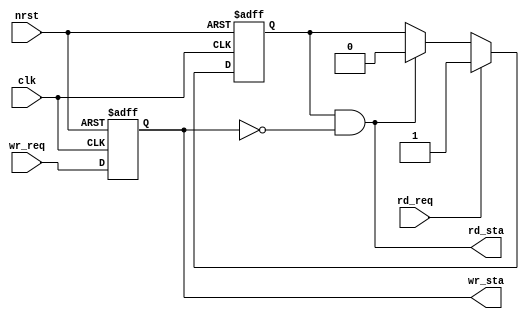
module rw_ctrl(nrst, clk, wr_req, rd_req, wr_sta, rd_sta);
    input nrst;
    input clk;
    input wr_req;
    input rd_req;
    output wr_sta;    // 
    output rd_sta;    // 
    
    reg wr_sta; 
    reg rd_pend;    // pending
    
    // 
    always @(posedge clk or negedge nrst) begin
        if (~nrst) begin
            wr_sta <= 1'b0;
        end else begin
            wr_sta <= wr_req;
        end
    end
    
    // pending
    always @(posedge clk or negedge nrst) begin
        if (~nrst) begin
            rd_pend <= 1'b0;
        end else if (rd_req) begin
            rd_pend <= 1'b1;
        end else if (rd_sta) begin
            rd_pend <= 1'b0;
        end
    end
    
    // pending
    assign rd_sta = rd_pend & ~wr_sta;
endmodule